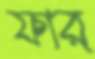
ফার্